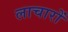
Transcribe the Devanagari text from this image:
लाचारों